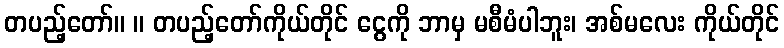
တပည့်တော်။ ။ တပည့်တော်ကိုယ်တိုင် ငွေကို ဘာမှ မစီမံပါဘူး၊ အစ်မလေး ကိုယ်တိုင်